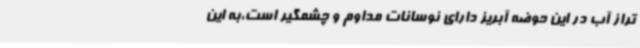
تراز آب در این حوضه آبریز دارای نوسانات مداوم و چشمگیر است،به این